Civil Veterinary Department Bihar & Orissa reports 1922-29 - 1922-1929
Year: 1922
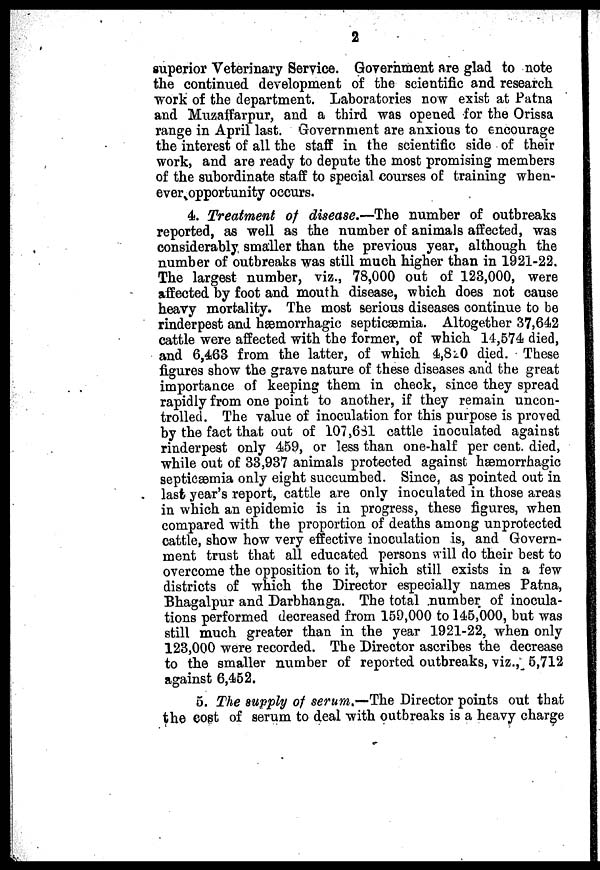
2
superior Veterinary Service. Government are glad to note
the continued development of the scientific and research
work of the department. Laboratories now exist at Patna
and Muzaffarpur, and a third was opened for the Orissa
range in April last. Government are anxious to encourage
the interest of all the staff in the scientific side of their
work, and are ready to depute the most promising members
of the subordinate staff to special courses of training when-
ever opportunity occurs.
4. Treatment of disease.—The number of outbreaks
reported, as well as the number of animals affected, was
considerably smaller than the previous year, although the
number of outbreaks was still much higher than in 1921-22.
The largest number, viz., 78,000 out of 123,000, were
affected by foot and mouth disease, which does not cause
heavy mortality. The most serious diseases continue to be
rinderpest and hæmorrhagic septicaemia. Altogether 37,642
cattle were affected with the former, of which 14,574 died,
and 6,463 from the latter, of which 4,820 died. These
figures show the grave nature of these diseases and the great
importance of keeping them in check, since they spread
rapidly from one point to another, if they remain uncon-
trolled. The value of inoculation for this purpose is proved
by the fact that out of 107,631 cattle inoculated against
rinderpest only 459, or less than one-half per cent. died,
while out of 33,937 animals protected against hæmorrhagic
septicaemia only eight succumbed. Since, as pointed out in
last year's report, cattle are only inoculated in those areas
in which an epidemic is in progress, these figures, when
compared with the proportion of deaths among unprotected
cattle, show how very effective inoculation is, and Govern-
ment trust that all educated persons will do their best to
overcome the opposition to it, which still exists in a few
districts of which the Director especially names Patna,
Bhagalpur and Darbhanga. The total number of inocula-
tions performed decreased from 159,000 to 145,000, but was
still much greater than in the year 1921-22, when only
123,000 were recorded. The Director ascribes the decrease
to the smaller number of reported outbreaks, viz., 5,712
against 6,452.
5. The supply of serum.—The Director points out that
the cost of serum to deal with outbreaks is a heavy charge